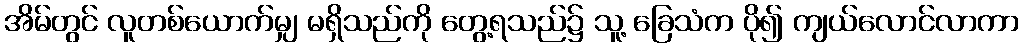
အိမ်တွင် လူတစ်ယောက်မျှ မရှိသည်ကို တွေ့ရသည်၌ သူ့ ခြေသံက ပို၍ ကျယ်လောင်လာကာ